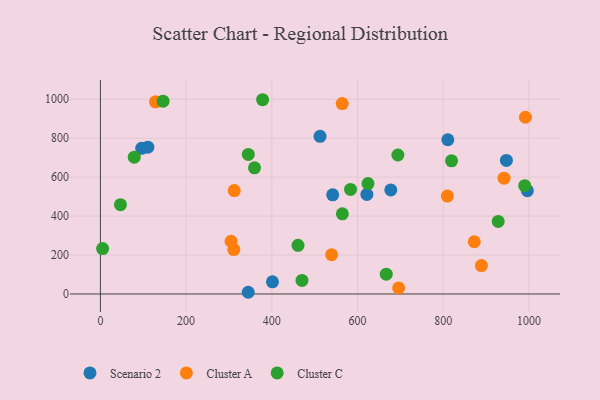
{"axis": {"x": "Ad Spend", "y": "Exam Score"}, "legend": ["Cluster A", "Cluster C", "Scenario 2"], "data": [{"x": "96.3", "y": 748.0, "type": "Scenario 2"}, {"x": "110.7", "y": 753.6, "type": "Scenario 2"}, {"x": "401.5", "y": 62.3, "type": "Scenario 2"}, {"x": "947.4", "y": 685.9, "type": "Scenario 2"}, {"x": "542.0", "y": 509.2, "type": "Scenario 2"}, {"x": "512.5", "y": 809.7, "type": "Scenario 2"}, {"x": "621.8", "y": 511.4, "type": "Scenario 2"}, {"x": "677.6", "y": 534.5, "type": "Scenario 2"}, {"x": "810.7", "y": 791.9, "type": "Scenario 2"}, {"x": "996.3", "y": 530.2, "type": "Scenario 2"}, {"x": "344.9", "y": 8.7, "type": "Scenario 2"}, {"x": "991.8", "y": 907.5, "type": "Cluster A"}, {"x": "304.9", "y": 270.8, "type": "Cluster A"}, {"x": "809.7", "y": 502.6, "type": "Cluster A"}, {"x": "128.6", "y": 986.7, "type": "Cluster A"}, {"x": "695.9", "y": 31.2, "type": "Cluster A"}, {"x": "941.9", "y": 594.7, "type": "Cluster A"}, {"x": "872.4", "y": 268.2, "type": "Cluster A"}, {"x": "539.5", "y": 201.5, "type": "Cluster A"}, {"x": "312.3", "y": 531.2, "type": "Cluster A"}, {"x": "311.3", "y": 228.1, "type": "Cluster A"}, {"x": "564.2", "y": 977.6, "type": "Cluster A"}, {"x": "889.0", "y": 145.8, "type": "Cluster A"}, {"x": "378.5", "y": 997.5, "type": "Cluster C"}, {"x": "928.2", "y": 372.6, "type": "Cluster C"}, {"x": "583.6", "y": 537.0, "type": "Cluster C"}, {"x": "5.2", "y": 233.3, "type": "Cluster C"}, {"x": "624.4", "y": 567.1, "type": "Cluster C"}, {"x": "461.1", "y": 249.9, "type": "Cluster C"}, {"x": "146.2", "y": 989.9, "type": "Cluster C"}, {"x": "46.8", "y": 458.4, "type": "Cluster C"}, {"x": "359.6", "y": 647.9, "type": "Cluster C"}, {"x": "345.1", "y": 716.6, "type": "Cluster C"}, {"x": "990.1", "y": 556.2, "type": "Cluster C"}, {"x": "79.0", "y": 702.6, "type": "Cluster C"}, {"x": "564.6", "y": 411.4, "type": "Cluster C"}, {"x": "819.4", "y": 683.9, "type": "Cluster C"}, {"x": "470.4", "y": 69.3, "type": "Cluster C"}, {"x": "667.0", "y": 101.6, "type": "Cluster C"}, {"x": "694.1", "y": 713.6, "type": "Cluster C"}]}